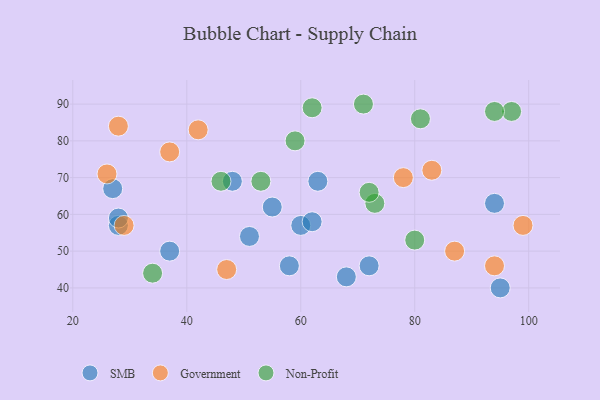
{"axis": {"x": "GDP", "y": "Life Expectancy"}, "legend": ["Government", "Non-Profit", "SMB"], "data": [{"x": "55", "y": 62, "type": "SMB"}, {"x": "63", "y": 69, "type": "SMB"}, {"x": "68", "y": 43, "type": "SMB"}, {"x": "72", "y": 46, "type": "SMB"}, {"x": "27", "y": 67, "type": "SMB"}, {"x": "58", "y": 46, "type": "SMB"}, {"x": "94", "y": 63, "type": "SMB"}, {"x": "37", "y": 50, "type": "SMB"}, {"x": "48", "y": 69, "type": "SMB"}, {"x": "51", "y": 54, "type": "SMB"}, {"x": "95", "y": 40, "type": "SMB"}, {"x": "60", "y": 57, "type": "SMB"}, {"x": "62", "y": 58, "type": "SMB"}, {"x": "28", "y": 57, "type": "SMB"}, {"x": "28", "y": 59, "type": "SMB"}, {"x": "37", "y": 77, "type": "Government"}, {"x": "78", "y": 70, "type": "Government"}, {"x": "28", "y": 84, "type": "Government"}, {"x": "99", "y": 57, "type": "Government"}, {"x": "83", "y": 72, "type": "Government"}, {"x": "87", "y": 50, "type": "Government"}, {"x": "29", "y": 57, "type": "Government"}, {"x": "42", "y": 83, "type": "Government"}, {"x": "94", "y": 46, "type": "Government"}, {"x": "47", "y": 45, "type": "Government"}, {"x": "26", "y": 71, "type": "Government"}, {"x": "34", "y": 44, "type": "Non-Profit"}, {"x": "80", "y": 53, "type": "Non-Profit"}, {"x": "73", "y": 63, "type": "Non-Profit"}, {"x": "71", "y": 90, "type": "Non-Profit"}, {"x": "46", "y": 69, "type": "Non-Profit"}, {"x": "59", "y": 80, "type": "Non-Profit"}, {"x": "81", "y": 86, "type": "Non-Profit"}, {"x": "62", "y": 89, "type": "Non-Profit"}, {"x": "97", "y": 88, "type": "Non-Profit"}, {"x": "72", "y": 66, "type": "Non-Profit"}, {"x": "53", "y": 69, "type": "Non-Profit"}, {"x": "94", "y": 88, "type": "Non-Profit"}]}